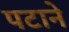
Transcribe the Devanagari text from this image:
पटाने